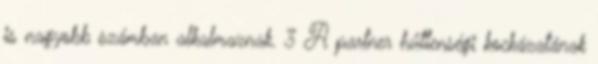
is nagyobb számban alkalmaznak. 3 A partner hűtlenségi kockázatának